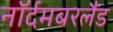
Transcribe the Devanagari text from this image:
नॉर्दमबरलैंड